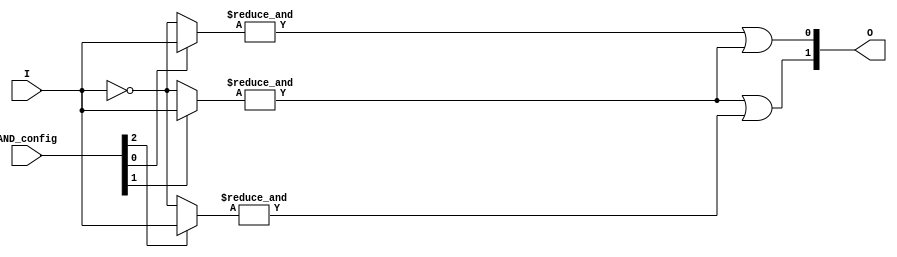
module jewel_pal (
    input wire [N-1:0] I,          // Input pins (I1, I2, ..., In)
    input wire [M-1:0] AND_config, // Configuration for AND gates (programming bits)
    output wire [P-1:0] O          // Output pins
);

// Parameters
parameter N = 4; // Number of input pins
parameter M = 3; // Number of programmable AND gates
parameter P = 2; // Number of output pins

// Internal signals for AND gate outputs
wire [M-1:0] and_out;

// Programmable AND gates
genvar i;
generate
    for (i = 0; i < M; i = i + 1) begin : and_gates
        wire [N-1:0] and_inputs; // Inputs to each AND gate
        assign and_inputs = AND_config[i] ? I : ~I; // Example configuration logic
        assign and_out[i] = &and_inputs; // AND operation
    end
endgenerate

// Fixed OR gates
assign O[0] = and_out[0] | and_out[1]; // Example OR gate connections
assign O[1] = and_out[1] | and_out[2]; // Example OR gate connections

endmodule